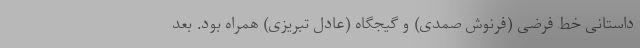
داستانی خط فرضی (فرنوش صمدی) و گیجگاه (عادل تبریزی) همراه بود. بعد